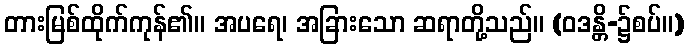
တားမြစ်ထိုက်ကုန်၏။ အပရေ၊ အခြားသော ဆရာတို့သည်။ (ဝဒန္တိ-၌စပ်။)